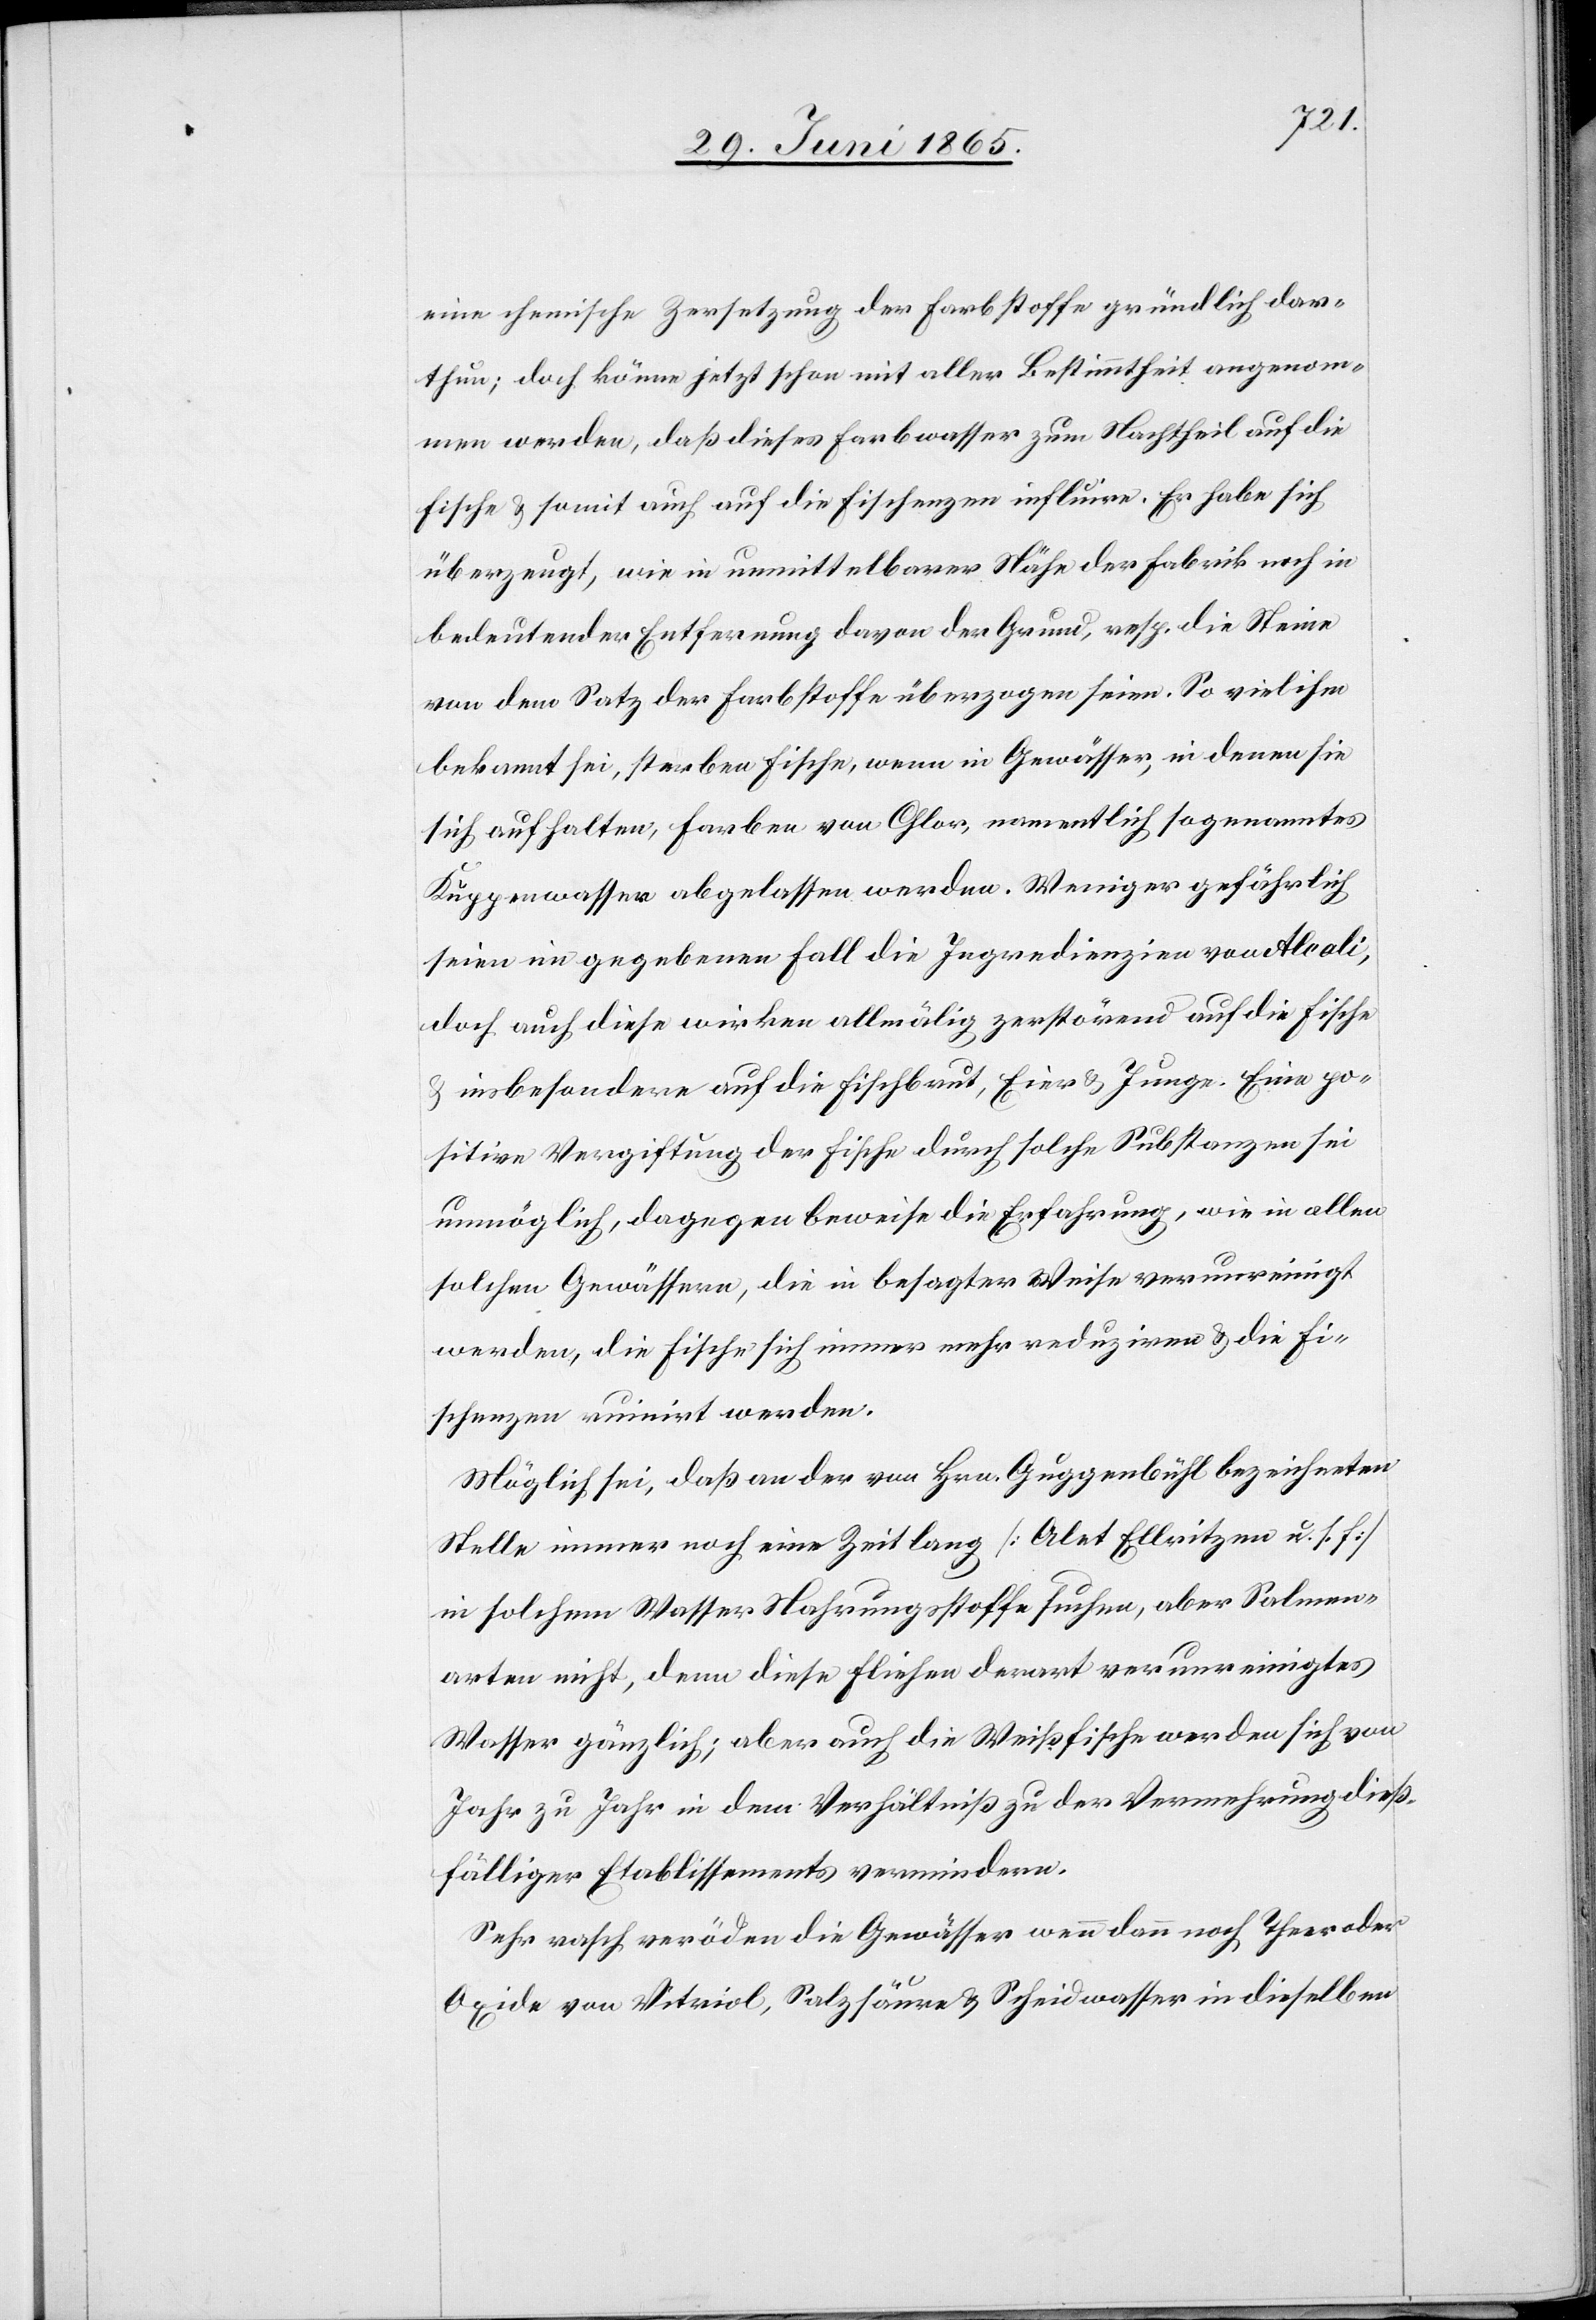
eine chemische Zersetzung der Farbstoffe gründlich dar¬
thun; doch könne jetzt schon mit aller Bestimmtheit angenom¬
men werden, daß dieses Farbwasser zum Nachtheil auf die
Fische & somit auch auf die Fischenzen influire. Er habe sich
überzeugt, wie in unmittelbarer Nähe der Fabrik noch in
bedeutender Entfernung davon der Grund, resp. die Steine
von dem Satz der Farbstoffe überzogen seien. So viel ihm
bekannt sie, sterben Fische, wenn in Gewässer, in denen sie
sich aufhalten, Farben von Chlor, namentlich sogenanntes
Kuppenwasser abgelassen werden. Weniger gefährlich
seien im gegebenen Fall die Ingredienzien von Alcali,
doch auch diese wirken allmälig zerstörend auf die Fische
insbesondere auf die Fischbrut, Eier & Junge. Eine po¬
sitive Vergiftung der Fische durch solche Substanzen sei
unmöglich, dagegen beweise die Erfahrung, wie in allen
solchen Gewässern, die in besagter Weise verunreinigt
werden, die Fische sich immer mehr reduzrien & die Fi¬
schenzen ruinirt werden.
Möglich sei, daß an der von Hrn. Guggenbühl bezeichneten
Stelle immer noch eine Zeit lang [Alet Ellritzen u. s. f.]
in solchem Wasser Nahrungsstoffe suchen, aber Salmen¬
arten nicht, denn diese Fliehen derart verunreinigtes
Wasser gänzlich; aber auch die Weißfische werden sich von
Jahr zu Jahr in dem Verhältniß zu der Vermehrung dieß¬
fälliger Etablissements vermindern.
Sehr rasch veröden die Gewässer wenn dann noch Theer oder
Oxide von Vitriol, Salzsäure & Scheidwasser in dieselben